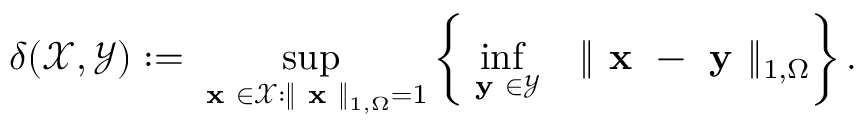
\delta ( \boldsymbol { \mathcal { X } } , \boldsymbol { \mathcal { Y } } ) : = \underset { \textbf { x } \in \boldsymbol { \mathcal { X } } : \| \textbf { x } \| _ { 1 , \Omega } = 1 } { \operatorname* { s u p } } \left\lbrace \underset { \textbf { y } \in \boldsymbol { \mathcal { Y } } } { \operatorname* { i n f } } \quad \| \textbf { x } - \textbf { y } \| _ { 1 , \Omega } \right\rbrace .